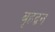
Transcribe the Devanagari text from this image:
बृहद्बन